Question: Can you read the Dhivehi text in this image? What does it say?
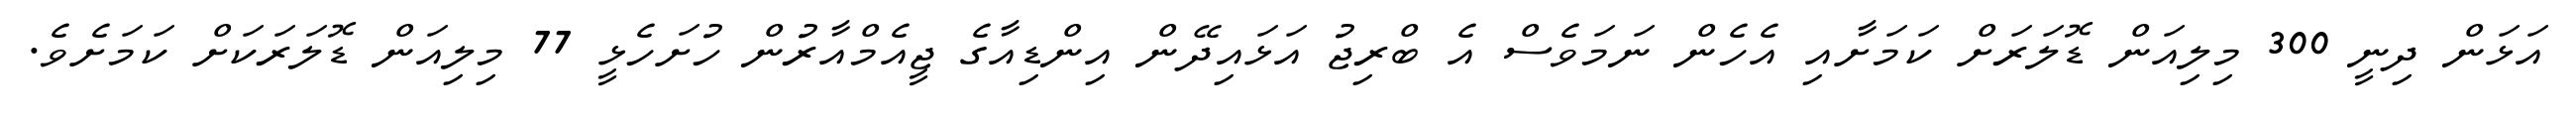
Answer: އަޅަން ދިނީ 300 މިލިއަން ޑޮލަރަށް ކަމަށާއި އެހެން ނަމަވެސް އެ ބްރިޖު އަޅައިދޭން އިންޑިއާގެ ޖީއެމްއާރުން ހުށަހެޅީ 77 މިލިއަން ޑޮލަރަކަށް ކަމަށެވެ.